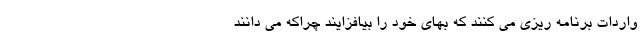
واردات برنامه ریزی می کنند که بهای خود را بیافزایند چراکه می دانند